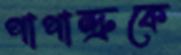
পাপান্দ্রুকে